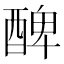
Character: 𨡕